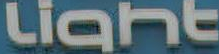
Light